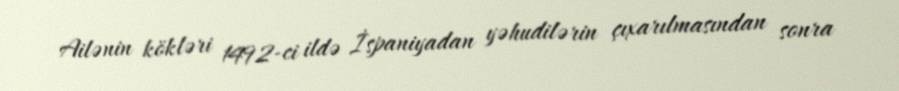
Ailənin kökləri 1492-ci ildə İspaniyadan yəhudilərin çıxarılmasından sonra